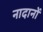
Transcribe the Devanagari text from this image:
नादानों